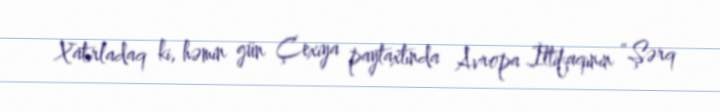
Xatırladaq ki, həmin gün Çexiya paytaxtında Avropa İttifaqının “Şərq